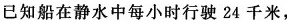
已知船在静水中每小时行驶 24 千米，